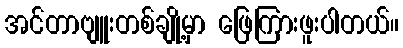
အင်တာဗျူးတစ်ချို့မှာ ဖြေကြားဖူးပါတယ်။